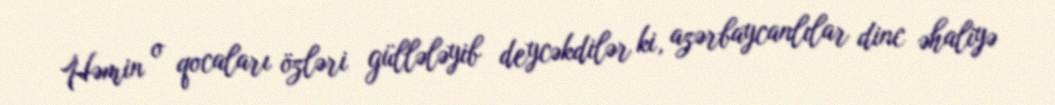
Həmin o qocaları özləri güllələyib deycəkdilər ki, azərbaycanlılar dinc əhaliyə